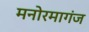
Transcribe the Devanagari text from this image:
मनोरमागंज